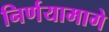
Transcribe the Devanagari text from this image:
निर्णयामागे